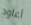
أعاود